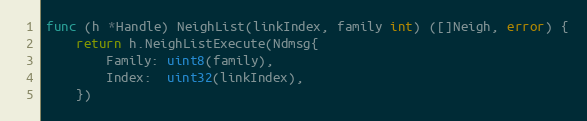
Language: Go
func (h *Handle) NeighList(linkIndex, family int) ([]Neigh, error) {
	return h.NeighListExecute(Ndmsg{
		Family: uint8(family),
		Index:  uint32(linkIndex),
	})